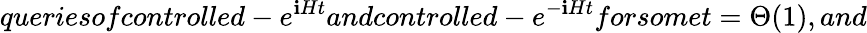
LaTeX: queriesofcontrolled-e^{\mathbf{i}Ht}andcontrolled-e^{-\mathbf{i}Ht}forsomet=\Theta(1),and